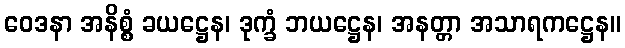
ဝေဒနာ အနိစ္စံ ခယဋ္ဌေန၊ ဒုက္ခံ ဘယဋ္ဌေန၊ အနတ္တာ အသာရကဋ္ဌေန။